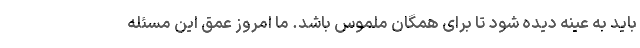
باید به عینه دیده شود تا برای همگان ملموس باشد. ما امروز عمق این مسئله